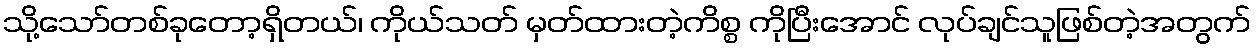
သို့သော်တစ်ခုတော့ရှိတယ်၊ ကိုယ်သတ် မှတ်ထားတဲ့ကိစ္စ ကိုပြီးအောင် လုပ်ချင်သူဖြစ်တဲ့အတွက်